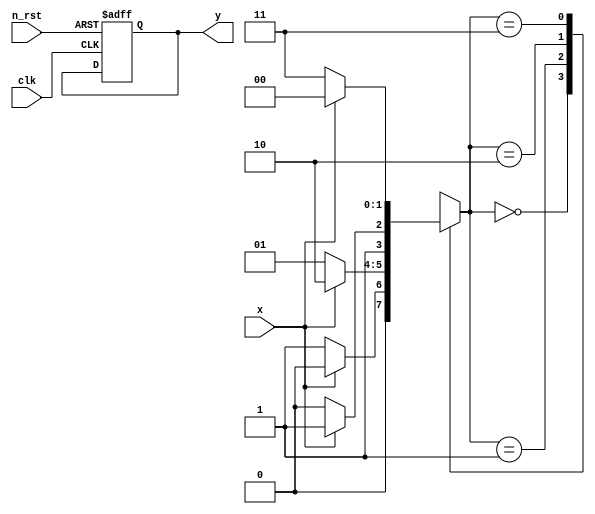

// 2bit Moore Machine
module moore_machine(
    input clk,
    input n_rst,
    input x,
    output reg y      
);

reg [1:0] n_state;  // next state
reg [1:0] c_state;  // now state

always @(posedge clk or negedge n_rst) begin
    if (!n_rst) begin
        c_state <= 2'b0;
        y <= 1'b0;
    end

    else begin  // n_rst == 1
        c_state <= n_state;
        // y <= c_state;
    end
end

always @(x) begin
    y = n_state;
    case (n_state) 
        // x  ? x = 0  ,   : x = 1  ,  
        2'b00 : begin
            if (!x) begin
                n_state = 2'b01;
            end

            else begin
                n_state = 2'b00;
            end
        end

        2'b01 : begin
            if (!x) begin
                n_state = 2'b01;
            end

            else begin
                n_state = 2'b10;
            end
        end

        2'b10 : begin
            if (!x) begin
                n_state = 2'b10;
            end

            else begin
                n_state = 2'b11;
            end
        end

        2'b11 : begin
            if (!x) begin
                n_state = 2'b11;
            end

            else begin
                n_state = 2'b00;
            end
        end

        default : n_state = 2'b00;
    endcase
end

endmodule



/*
// 1bit moore machine.
module moore_machine (clk, rst, x, y);
    input clk;
    input rst;
    input x;

    output reg y;

    reg c_state;  // now state
    reg n_state;  // next state

    always @(posedge clk or negedge rst) begin
        if (!rst) begin
            c_state <= 1'b0;
        end

        else begin
            c_state <= n_state;
        end
    end


    always @(c_state, x) begin
        y = c_state;
        case (c_state)  // case : now state 
            1'b0:   // c_state = 0
                if (x) begin // x = 1
                    n_state = 1'b1;
                end

                else  begin // x = 0
                    n_state = 1'b0;
                end

            1'b1:   // c_state = 1
                if (x) begin // x = 1
                    n_state = 1'b0;
                end

                else begin // x = 0
                    n_state = 1'b1;
                end

            default: begin  //  next state = 0, y = 0
                n_state = 1'b0;
            end

        endcase
    end
endmodule
*/